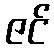
ဇင်